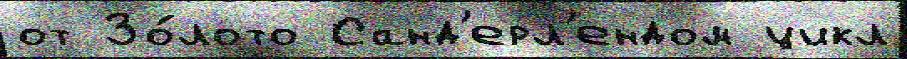
от Зо́лото Санд'ерл'ендом цикл